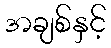
အချစ်နှင့်